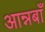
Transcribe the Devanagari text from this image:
आन्नबाँ